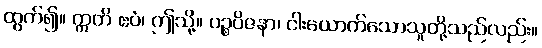
ထွက်၍။ ဣတိ ဧဝံ၊ ဤသို့။ ပဉ္စပိဇနာ၊ ငါးယောက်သောသူတို့သည်လည်း။